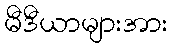
မီဒီယာများအား